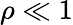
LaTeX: \rho\ll 1